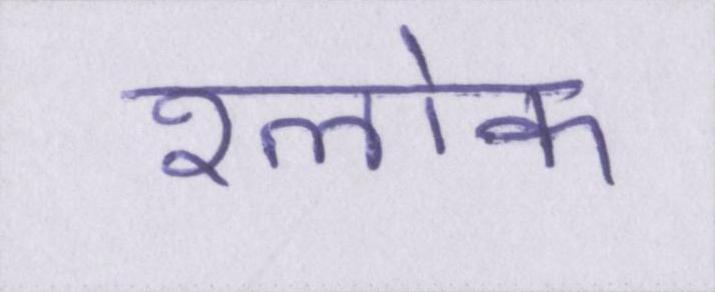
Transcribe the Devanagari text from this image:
श्लोक